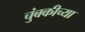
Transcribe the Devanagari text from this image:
चुंबकीच्या